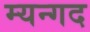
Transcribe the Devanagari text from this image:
म्यन्गद